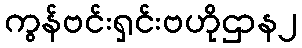
ကွန်ဗင်းရှင်းဗဟိုဌာန၂